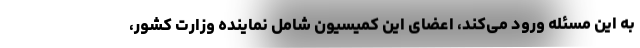
به این مسئله ورود می‌کند، اعضای این کمیسیون شامل نماینده وزارت کشور،